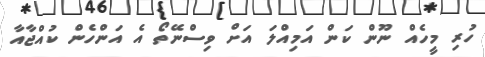
ހުރި މީހެއް ނޫން ކަން އަމިއްލަ އަށް ވިސްނޭތޯ އެ އަންހެން ކުއްޖާއާ